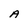
Character: A